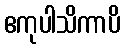
ဧကုပါသိကာပိ